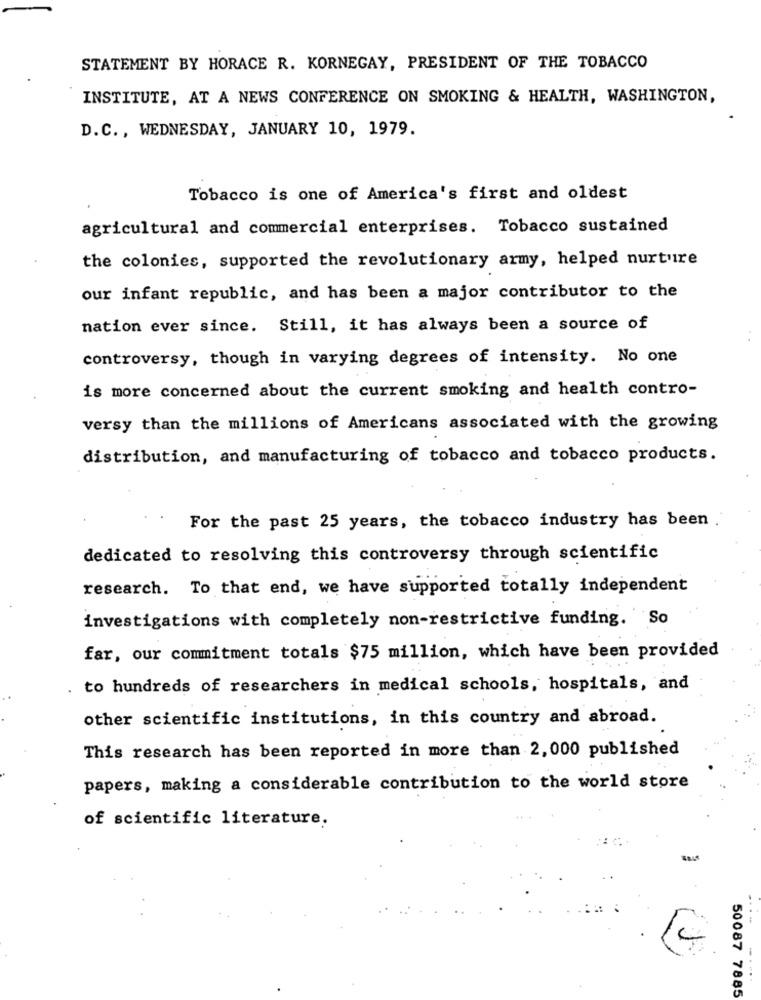
STATEMENT BY HORACE R. KORNEGAY, PRESIDENT OF THE TOBACCO
INSTITUTE, AT A NEWS CONFERENCE ON SMOKING & HEALTH, WASHINGTON,
D.C ., WEDNESDAY, JANUARY 10, 1979.
Tobacco is one of America's first and oldest
agricultural and commercial enterprises. Tobacco sustained
the colonies, supported the revolutionary army, helped nurture
our infant republic, and has been a major contributor to the
nation ever since. Still, it has always been a source of
controversy, though in varying degrees of intensity. No one
is more concerned about the current smoking and health contro-
versy than the millions of Americans associated with the growing
distribution, and manufacturing of tobacco and tobacco products.
For the past 25 years, the tobacco industry has been
dedicated to resolving this controversy through scientific
research. To that end, we have supported totally independent
investigations with completely non-restrictive funding. So
far, our commitment totals $75 million, which have been provided
to hundreds of researchers in medical schools, hospitals, and
other scientific institutions, in this country and abroad.
This research has been reported in more than 2, 000 published
papers, making a considerable contribution to the world store
of scientific literature.
...-
50087 7885